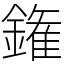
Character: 𨫝